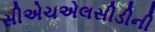
સીએચએલસીડીની